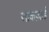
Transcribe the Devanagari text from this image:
साकज़ाई